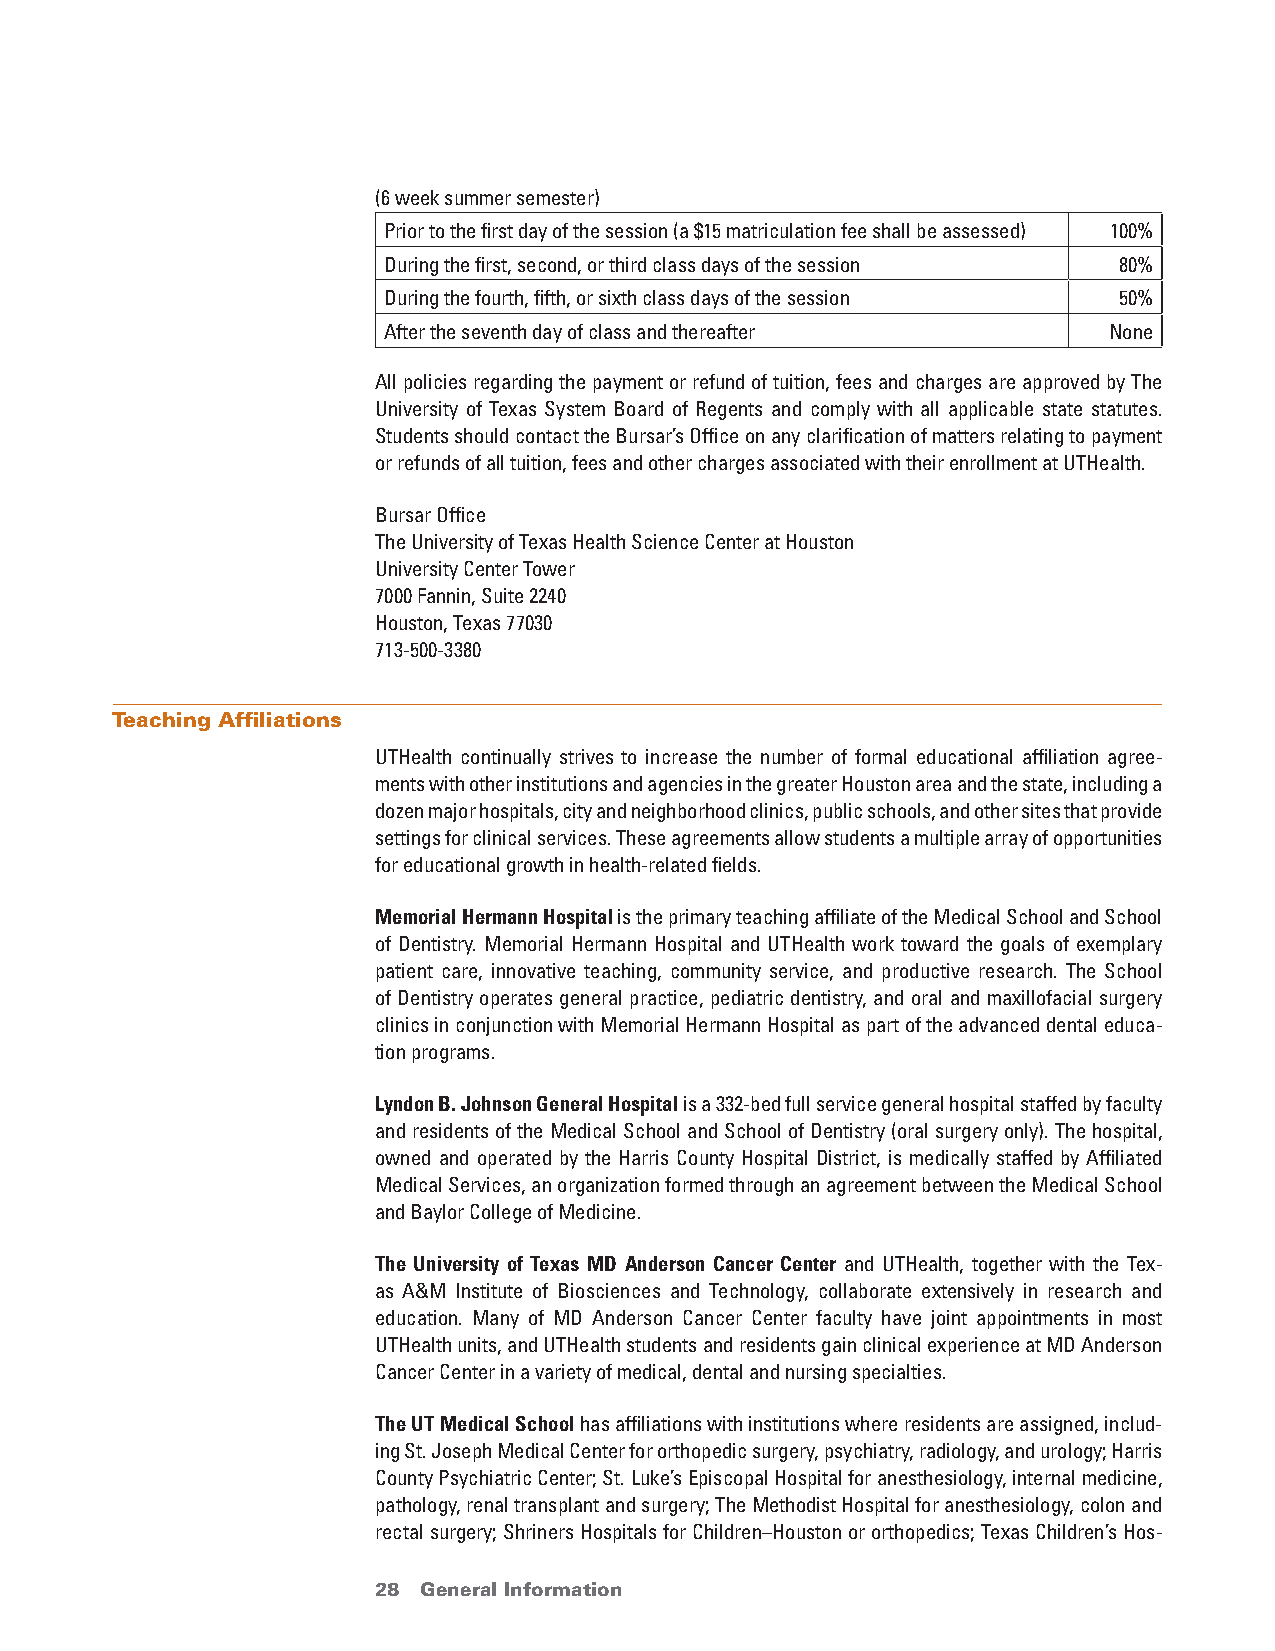
(6 week summer semester)
 Prior to the first day of the session (a $15 matriculation fee shall be assessed) 100%
 During the first, second, or third class days of the session 80%
 During the fourth, fifth, or sixth class days of the session 50%
 After the seventh day of class and thereafter   None
 All policies regarding the payment or refund of tuition, fees and charges are approved by The
 University of Texas System Board of Regents and comply with all applicable state statutes.
 Students should contact the Bursar’s Office on any clarification of matters relating to payment
 or refunds of all tuition, fees and other charges associated with their enrollment at UTHealth.
 Bursar Office
 The University of Texas Health Science Center at Houston
 University Center Tower
 7000 Fannin, Suite 2240
 Houston, Texas 77030
 713-500-3380
 Teaching Affiliations
 UTHealth continually strives to increase the number of formal educational affiliation agree-
 ments with other institutions and agencies in the greater Houston area and the state, including a
 dozen major hospitals, city and neighborhood clinics, public schools, and other sites that provide
 settings for clinical services. These agreements allow students a multiple array of opportunities
 for educational growth in health-related fields.
 memorial Hermann Hospital is the primary teaching affiliate of the Medical School and School
 of Dentistry. Memorial Hermann Hospital and UTHealth work toward the goals of exemplary
 patient care, innovative teaching, community service, and productive research. The School
 of Dentistry operates general practice, pediatric dentistry, and oral and maxillofacial surgery
 clinics in conjunction with Memorial Hermann Hospital as part of the advanced dental educa-
 tion programs.
 lyndon B. Johnson General Hospital is a 332-bed full service general hospital staffed by faculty
 and residents of the Medical School and School of Dentistry (oral surgery only). The hospital,
 owned and operated by the Harris County Hospital District, is medically staffed by Affiliated
 Medical Services, an organization formed through an agreement between the Medical School
 and Baylor College of Medicine.
 The University of Texas mD anderson Cancer Center and UTHealth, together with the Tex-
 as A&M Institute of Biosciences and Technology, collaborate extensively in research and
 education. Many of MD Anderson Cancer Center faculty have joint appointments in most
 UTHealth units, and UTHealth students and residents gain clinical experience at MD Anderson
 Cancer Center in a variety of medical, dental and nursing specialties.
 The UT medical School has affiliations with institutions where residents are assigned, includ-
 ing St. Joseph Medical Center for orthopedic surgery, psychiatry, radiology, and urology; Harris
 County Psychiatric Center; St. Luke’s Episcopal Hospital for anesthesiology, internal medicine,
 pathology, renal transplant and surgery; The Methodist Hospital for anesthesiology, colon and
 rectal surgery; Shriners Hospitals for Children–Houston or orthopedics; Texas Children’s Hos-
 28 General Information                 return to Table of Contents